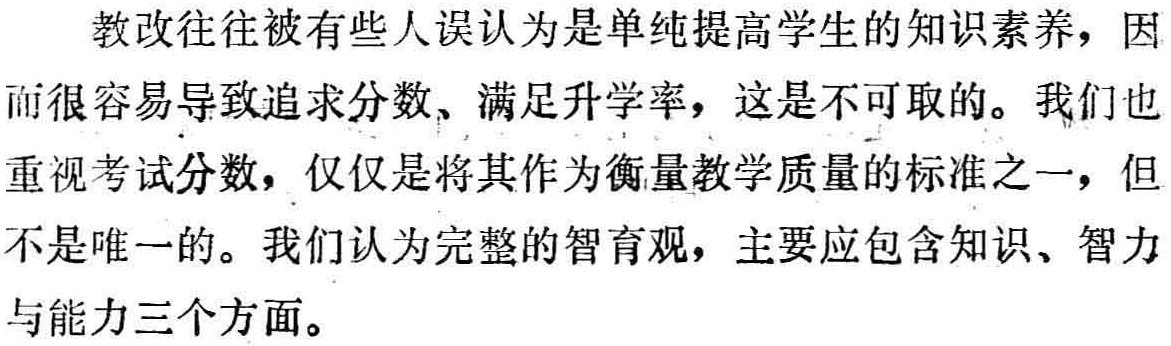
教改往往被有些人误认为是单纯提高学生的知识素养，因而很容易导致追求分数、满足升学率，这是不可取的。我们也重视考试分数，仅仅是将其作为衡量教学质量的标准之一，但不是唯一的。我们认为完整的智育观，主要应包含知识、智力与能力三个方面。